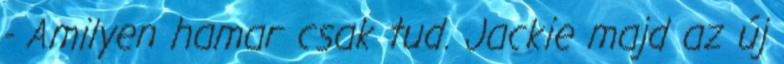
- Amilyen hamar csak tud. Jackie majd az új